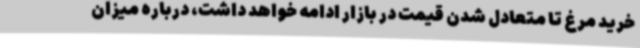
خرید مرغ تا متعادل شدن قیمت در بازار ادامه خواهد داشت، درباره میزان